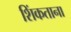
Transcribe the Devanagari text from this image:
शिंकताना